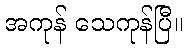
အကုန် သေကုန်ပြီ။